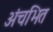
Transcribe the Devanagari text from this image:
अंचभित